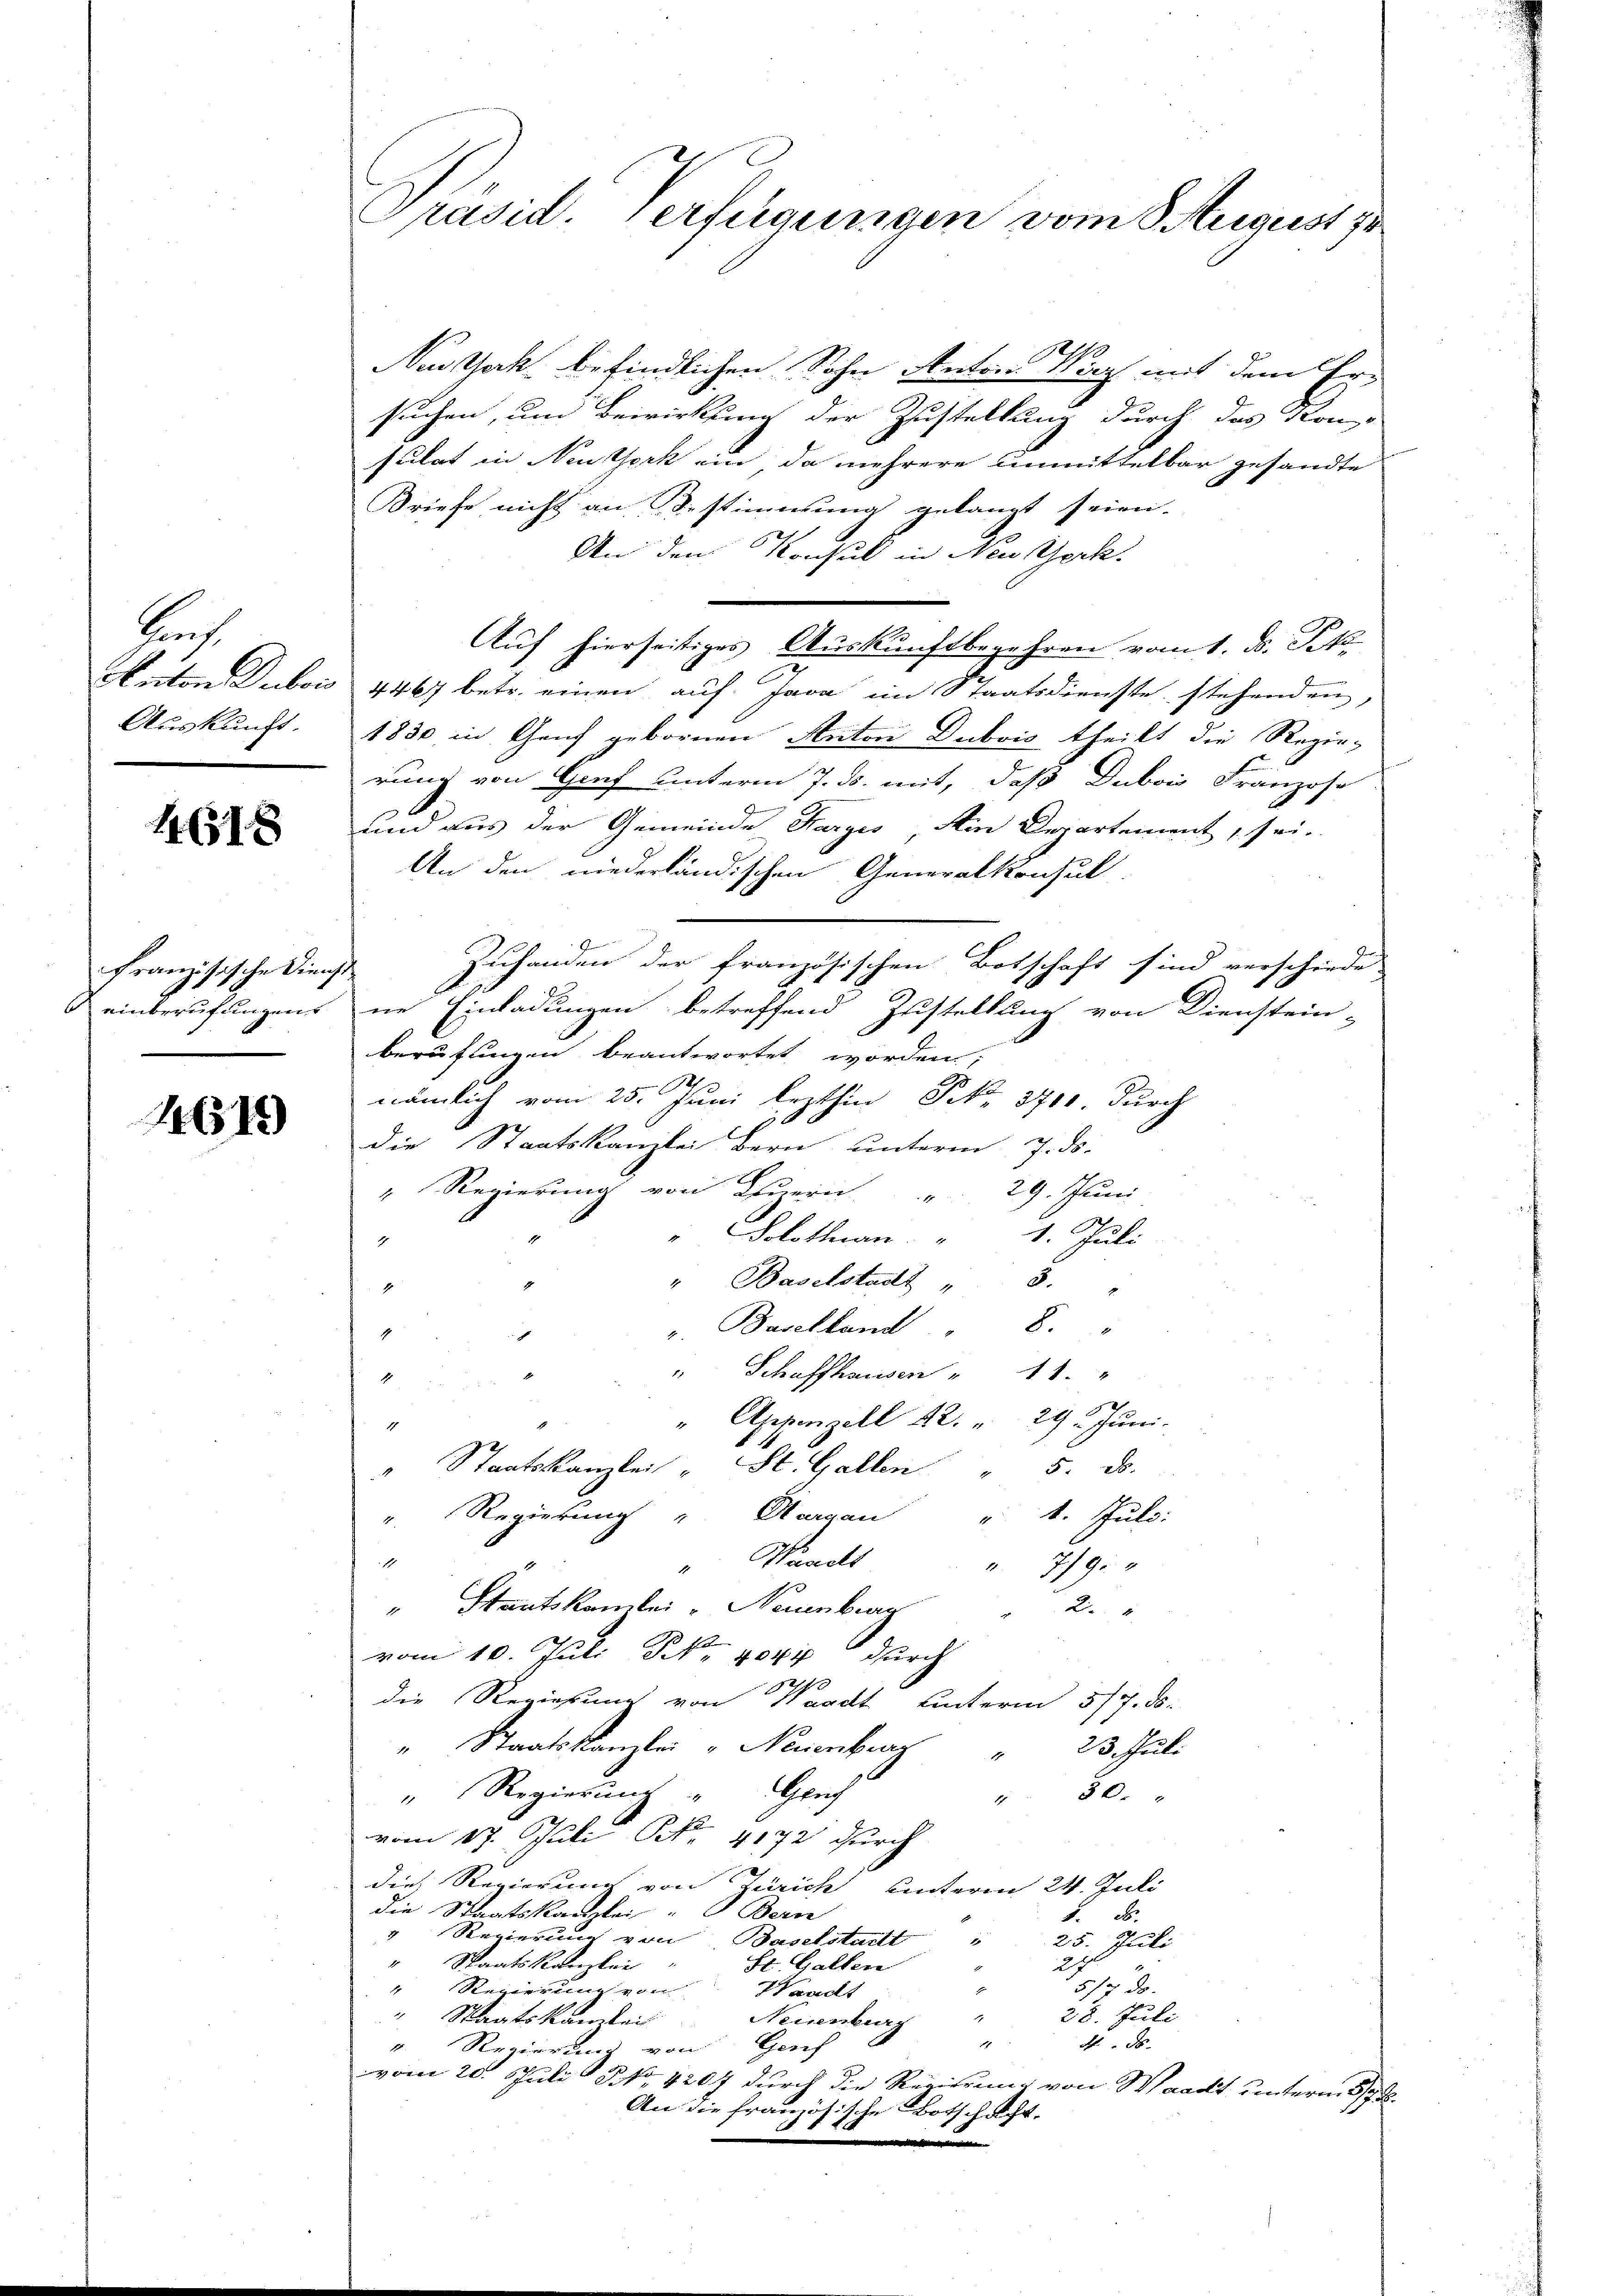
Auf

146318

französische Dienst

14615)

Nastakt befindlichen Sohn Anton Wirz mit dem Ersuchen, um Bewirkung der Zustellung durch das Kon-
sulat in Neutheck ein da mehrere unmittelbar gesandte
Briefe nicht an Bestimmung gelangt seien.
An den Konsul in Neusteck
Auf hierseitiges Auskunftbegehren vom 1. d. Js.
Anton Dubois 4467 betr. einen auf Java im Staatsdienste stehenden,
Auskunft. 1830 in Genf gebornen Autori Dubois theilt die Regie-
rung von Graf unterm 7. ds. mit, daß Dubois Franzose
und aus der Gemeinde Harges, Ain Departement, sei.
An den niederländischen Generalkonsul-
Zuhanden der französischen Botschaft sind verschiede
einberufungene ne Einladungen betreffend Zustellung von Dienstein-
berufungen beantwortet worden;
nämlich vom 25. Juni lezthin Frk. 3700. durch
die Staatskanzlei Bern unterm 7. ds.
" Regierung von Luzern " 29. Juni
" Solothurn.
1. Juli
1
" Baselstadt " 8.
4
8.
v. Baselland
1
" Schaffhausen " 11.
4
" Appenzell 12. " 29 t Juni.
4
" Staatskanzlei " St. Gallen " 5. ds.
v. Regierung " Aargau " 4. Juli:
" Wandts
1
" 779.
" Staatskanzlei " Neuenburg " 2 "
vom 10. Juli Nr. 4044 durch
die Regierung von Waadt hinterm 5/7. ds.
" Staatskanzlei " Neuenburg
23. Juli
4
Prach
" Regierung
" 50. "
vom 17. Juli Nr. 4192 durch
die Regierung von Zürich hinterm 24. Juli
die Staatskanzlei Bern
5. ds.
" Regierung von Baselstatt
.
25. Juli
" Staatskanzlei
27
Hr. Gallen
1817 d
" Regierung von
Waadt
.
28. Juli
" Staatskanzlei Neuenburg
N. 86.
e
v. Regierung von Genf
vom 20. Juli 2 No 1207 durch die Regierung von Waadt unterm 5/7.
An die französische Botschaft.
 |

Präsid. Verfügungen vom 3. August 18